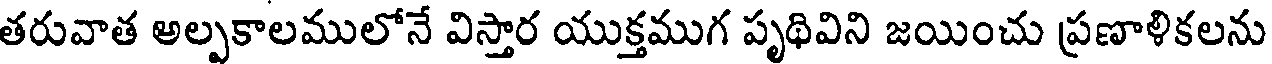
తరువాత అల్పకాలములోనే విస్తార యుక్తముగ పృథివిని జయించు ప్రణాళికలను